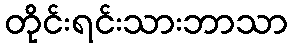
တိုင်းရင်းသားဘာသာ